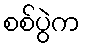
စစ်ပွဲက